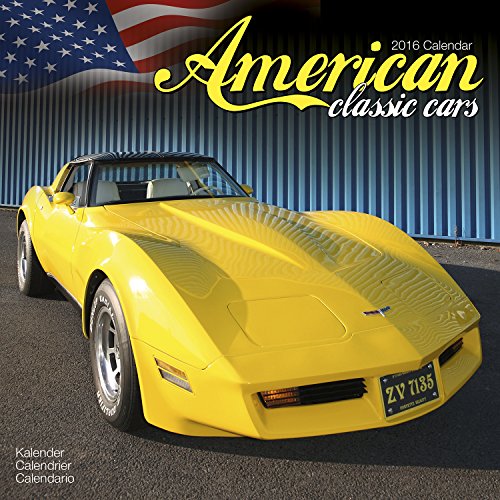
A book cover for American Classic Cars Calendar- 2016 Wall calendars - Car Calendar - Automobile Calendar - Monthly Wall Calendar by Avonside; MegaCalendars; Calendars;